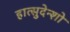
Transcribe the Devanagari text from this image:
हात्सुदेन्शो